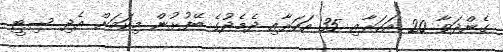
ގެންދަވާ 20 އަހަރާއި 35 އަހަރާއި ދެމެދުގެ ބޭފުޅުން މިކަމަށް އެދި ސިޓީ